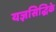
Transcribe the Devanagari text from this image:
यज्ञसिद्धिके